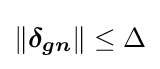
\left\|{\boldsymbol {\delta _{gn}}}\right\|\leq \Delta